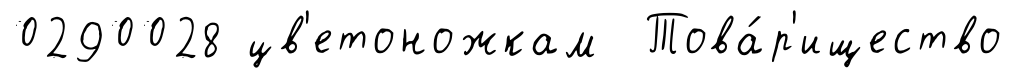
0290028 цв'етоножкам Това́р'ищество